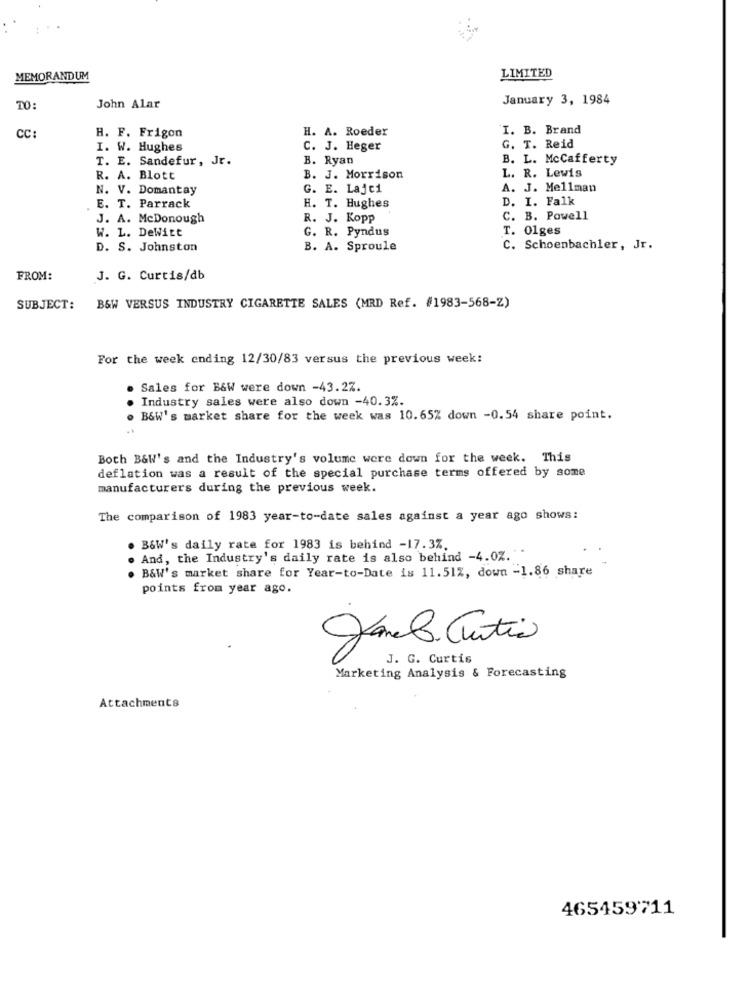
MEMORANDUM
LIMITED
January 3, 1984
TO:
John Alar
H. F. Frigon
H. A. Roeder
I. B. Brand
CC:
I. W. Hughes
C. J. Heger
G. T. Reid
T. E. Sandefur, Jr.
B. Ryan
B. L. McCafferty
L. R. Lewis
R. A. Blott
B. J. Morrison
N. V. Domantay
G. E. Lajei
A. J. Mellman
D. I. Falk
E. T. Parrack
H. T. Hughes
J. A. McDonough
R. J. Kopp
C. B. Powell
W. L. DeWitt
G. R. Pyndus
T. 01ges
D. S. Johnston
B. A. Sproule
C. Schoenbachler, Jr.
FROM:
J. G. Curtis/db
SUBJECT:
B&W VERSUS INDUSTRY CIGARETTE SALES (MRD Ref. #1983-568-Z)
For the week ending 12/30/83 versus the previous week:
Sales for B&W were down -43.27.
Industry sales were also down -40.3%.
B&W's market share for the week was 10.65% down -0.54 share point.
Both B&W's and the Industry's volume were down for the week. This
deflation was a result of the special purchase terms offered by some
manufacturers during the previous week.
The comparison of 1983 year-to-date sales against a year ago shows:
B&W's daily rate for 1983 is behind -17.3%.
And, the Industry's daily rate is also behind -4.0%.""
B&W's market share for Year-to-Date is 11.51%, down -1.86 share
points from year ago.
Janel. Curtis
J. G. Curtis
Marketing Analysis & Forecasting
Attachments
465459711